Annual statistical returns and brief notes on vaccination in Bengal - 1896-1909
Year: 1896
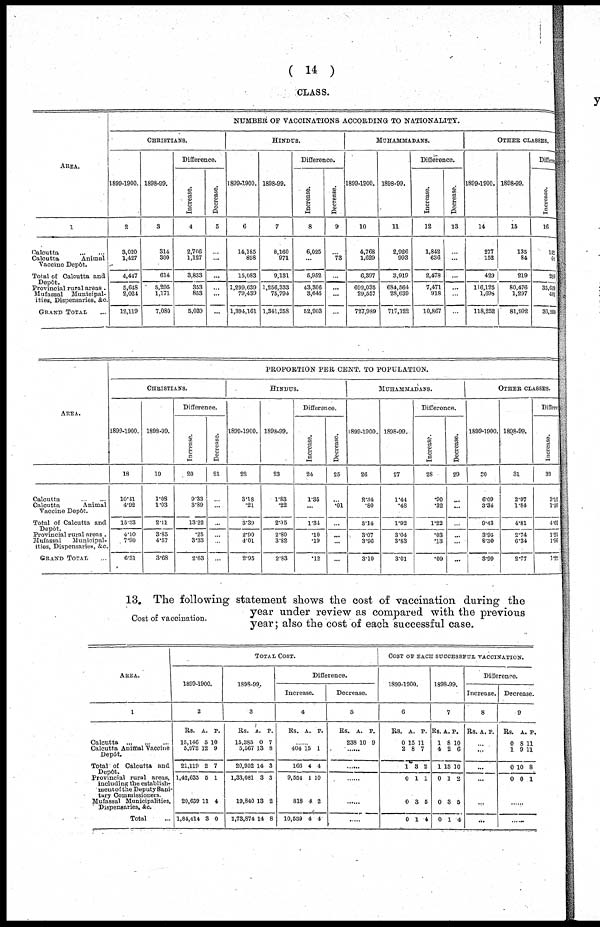
( 14 )
CLASS.
AREA.
1
Calcutta
...
...
Calcutta
Animal
Vaccine Depôt.
Total of Calcutta and
Depôt.
Provincial rural areas.
Mufassal
Municipal-
ities, Dispensaries, &c.
GRAND TOTAL ...
NUMBER OF VACCINATIONS ACCORDING TO NATIONALITY.
CHRISTIANS.
1899-1900.
2
3,020
1,427
4,447
5,648
2,024
12,119
1898-99.
3
314
300
614
5,295
1,171
7,080
Difference.
Increase.
4
2,706
1,127
3,833
353
853
5,039
Decrease.
5
...
...
...
...
...
...
HINDUS.
1899-1900.
6
14,185
898
15,083
1,299,639
79,439
1,394,161
1898-99.
7
8,160
971
9,131
1,256,333
75,794
1,341,258
Difference.
Increase.
8
6,025
...
5,952
43,306
3,645
52,903
Decrease.
9
...
73
...
...
...
...
MUHAMMADANS.
1899-1900.
10
4,768
1,629
6,397
692,035
29,557
727,989
1898-99.
11
2,926
993
3,919
684,564
28,639
717,122
Difference.
Increase.
12
1,842
636
2,478
7,471
918
10,867
Decrease.
13
...
...
...
...
...
...
OTHER CLASSES.
1899-1900.
14
277
152
429
116,125
1,698
118,252
1898-99.
15
135
84
219
80,476
1,297
81,992
Differe
Increase.
16
142
68
210
35,649
401
30,260
AREA.
Calcutta
...
...
Calcutta
Animal
Vaccine Depôt.
Total of Calcutta and
Depôt.
Provincial rural areas.
Mufassal
Municipal-
ities, Dispensaries, &c.
GRAND TOTAL ...
PROPORTION PER CENT. TO POPULATION.
CHRISTIANS.
1899-1900.
18
10.41
4.92
15.33
4.10
7.90
6.31
1898-99.
19
1.08
1.03
2.11
3.85
4.57
3.68
Difference.
Increase.
20
9.33
3.89
13.22
.25
3.33
2.63
Decrease.
21
...
...
...
...
...
...
HINDUS.
1899-1900.
22
3.18
.21
3.39
2.90
4.01
2.95
1898-99.
23
1.83
.22
2.05
2.80
3.82
2.83
Difference.
Increase.
24
1.35
...
1.34
.10
.19
.12
Decrease
25
...
.01
...
...
...
...
MUHAMMADANS.
1899-1900.
26
2.34
.80
3.14
3.07
3.96
3.10
1898-99.
27
1.44
.48
1.92
3.04
3.83
3.01
Difference.
Increase.
28
.90
.32
1.22
.03
.13
.09
Decrease.
29
...
...
...
...
...
...
OTHER CLASSES.
1899-1900.
30
6.09
3.34
9.43
3.95
8.30
3.99
1898-99.
31
2.97
1.84
4.81
2.74
6.34
2.77
Differe
Increase.
32
3.12
1.50
4.62
1.21
1.96
1.22
Cost of vaccination.
13. The following statement shows the cost of vaccination during the
year under review as compared with the previous
year; also the cost of each successful case.
AREA.
1
Calcutta
...
...
...
Calcutta Animal Vaccine
Depôt.
Total of Calcutta and
Depôt.
Provincial rural areas,
including the establish¬
ment of the Deputy Sani-
tary Commissioners.
Mufassal Municipalities,
Dispensaries, &c.
Total ...
TOTAL COST.
1899-1900.
2
Rs.
15,146
5,972
21,119
1,42,635
20,659
1,84,414
A.
5
12
2
5
11
3
P.
10
9
7
1
4
0
1898-99.
3
Rs.
15,385
5,567
20,952
1,33,081
19,840
1,73,874
A.
0
13
14
3
13
14
P.
7
8
3
3
2
8
Difference.
Increase.
4
Rs. A. P.
......
404
166
9,554
818
10,539
15
4
1
4
4
1
4
10
2
4
Decrease.
5
Rs.
238
A.
10
P.
9
......
......
......
......
......
COST OF EACH SUCCESSFUL VACCINATION.
1899-1900.
6
Rs.
0
2
1
0
0
0
A.
15
8
3
1
3
1
P.
11
7
2
1
5
4
1898-99.
7
Rs.
1
4
1
0
0
0
A.
8
2
13
1
3
1
P.
10
6
10
2
5
4
Difference.
Increase.
8
Rs. A P.
...
...
...
...
...
...
Decrease.
9
Rs.
0
1
0
0
A.
8
9
10
0
P.
11
11
8
1
......
......